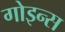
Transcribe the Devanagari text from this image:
गोइन्स